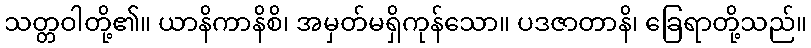
သတ္တဝါတို့၏။ ယာနိကာနိစိ၊ အမှတ်မရှိကုန်သော။ ပဒဇာတာနိ၊ ခြေရာတို့သည်။